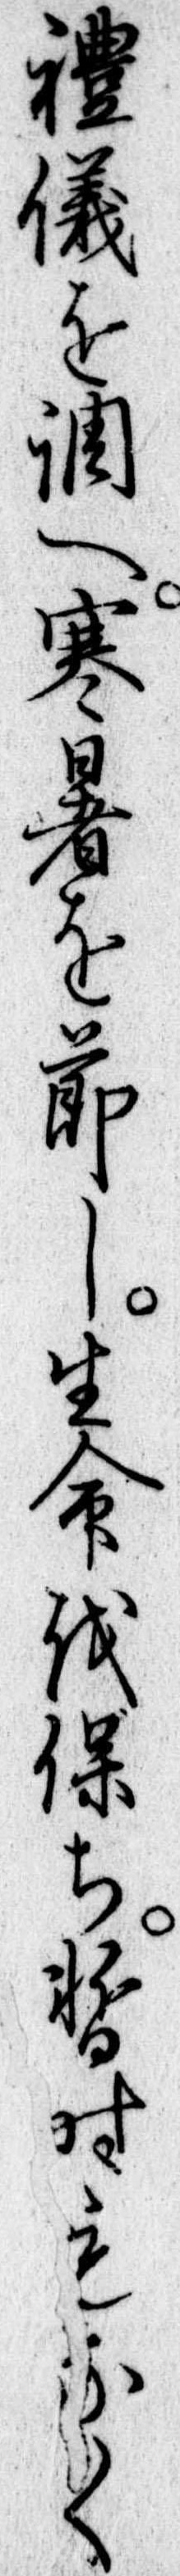
礼儀を調へ寒暑を節し生命を保ち暫時もなく